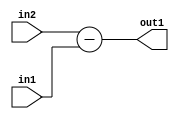
`timescale 1ps / 1ps
/*****************************************************************************
    Verilog RTL Description
    
    
    Created by: Stratus DpOpt 2019.1.01 
*******************************************************************************/

module st_weight_addr_gen_Sub_16Ux6U_17S_4_9 (
	in2,
	in1,
	out1
	); /* architecture "behavioural" */ 
input [15:0] in2;
input [5:0] in1;
output [16:0] out1;
wire [16:0] asc001;

assign asc001 = 
	+(in2)
	-(in1);

assign out1 = asc001;
endmodule

/* CADENCE  ubLzQws= : u9/ySgnWtBlWxVPRXgAZ4Og= ** DO NOT EDIT THIS LINE ******/